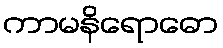
ကာမနိရောဓော